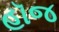
હૉજ